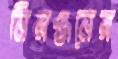
নিরঞ্জনের